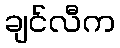
ချင်လီက